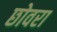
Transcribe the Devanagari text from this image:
छोवरा